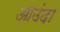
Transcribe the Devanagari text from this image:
आउंदा